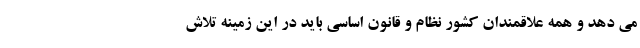
می دهد و همه علاقمندان کشور نظام و قانون اساسی باید در این زمینه تلاش